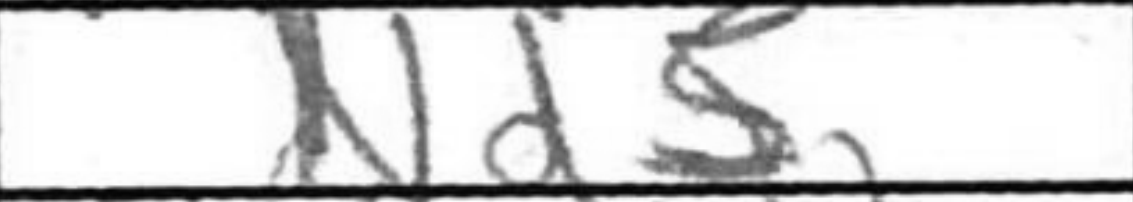
Transcription: Nd5